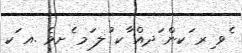
ެވ ިރ ަކން ަދއް ާކ ުލ ަމ ެށވެެ .އ ަކ